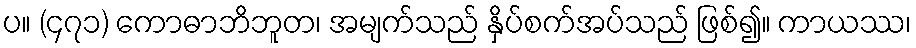
ပ။ (၄၇၁) ကောဓာဘိဘူတ၊ အမျက်သည် နှိပ်စက်အပ်သည် ဖြစ်၍။ ကာယဿ၊